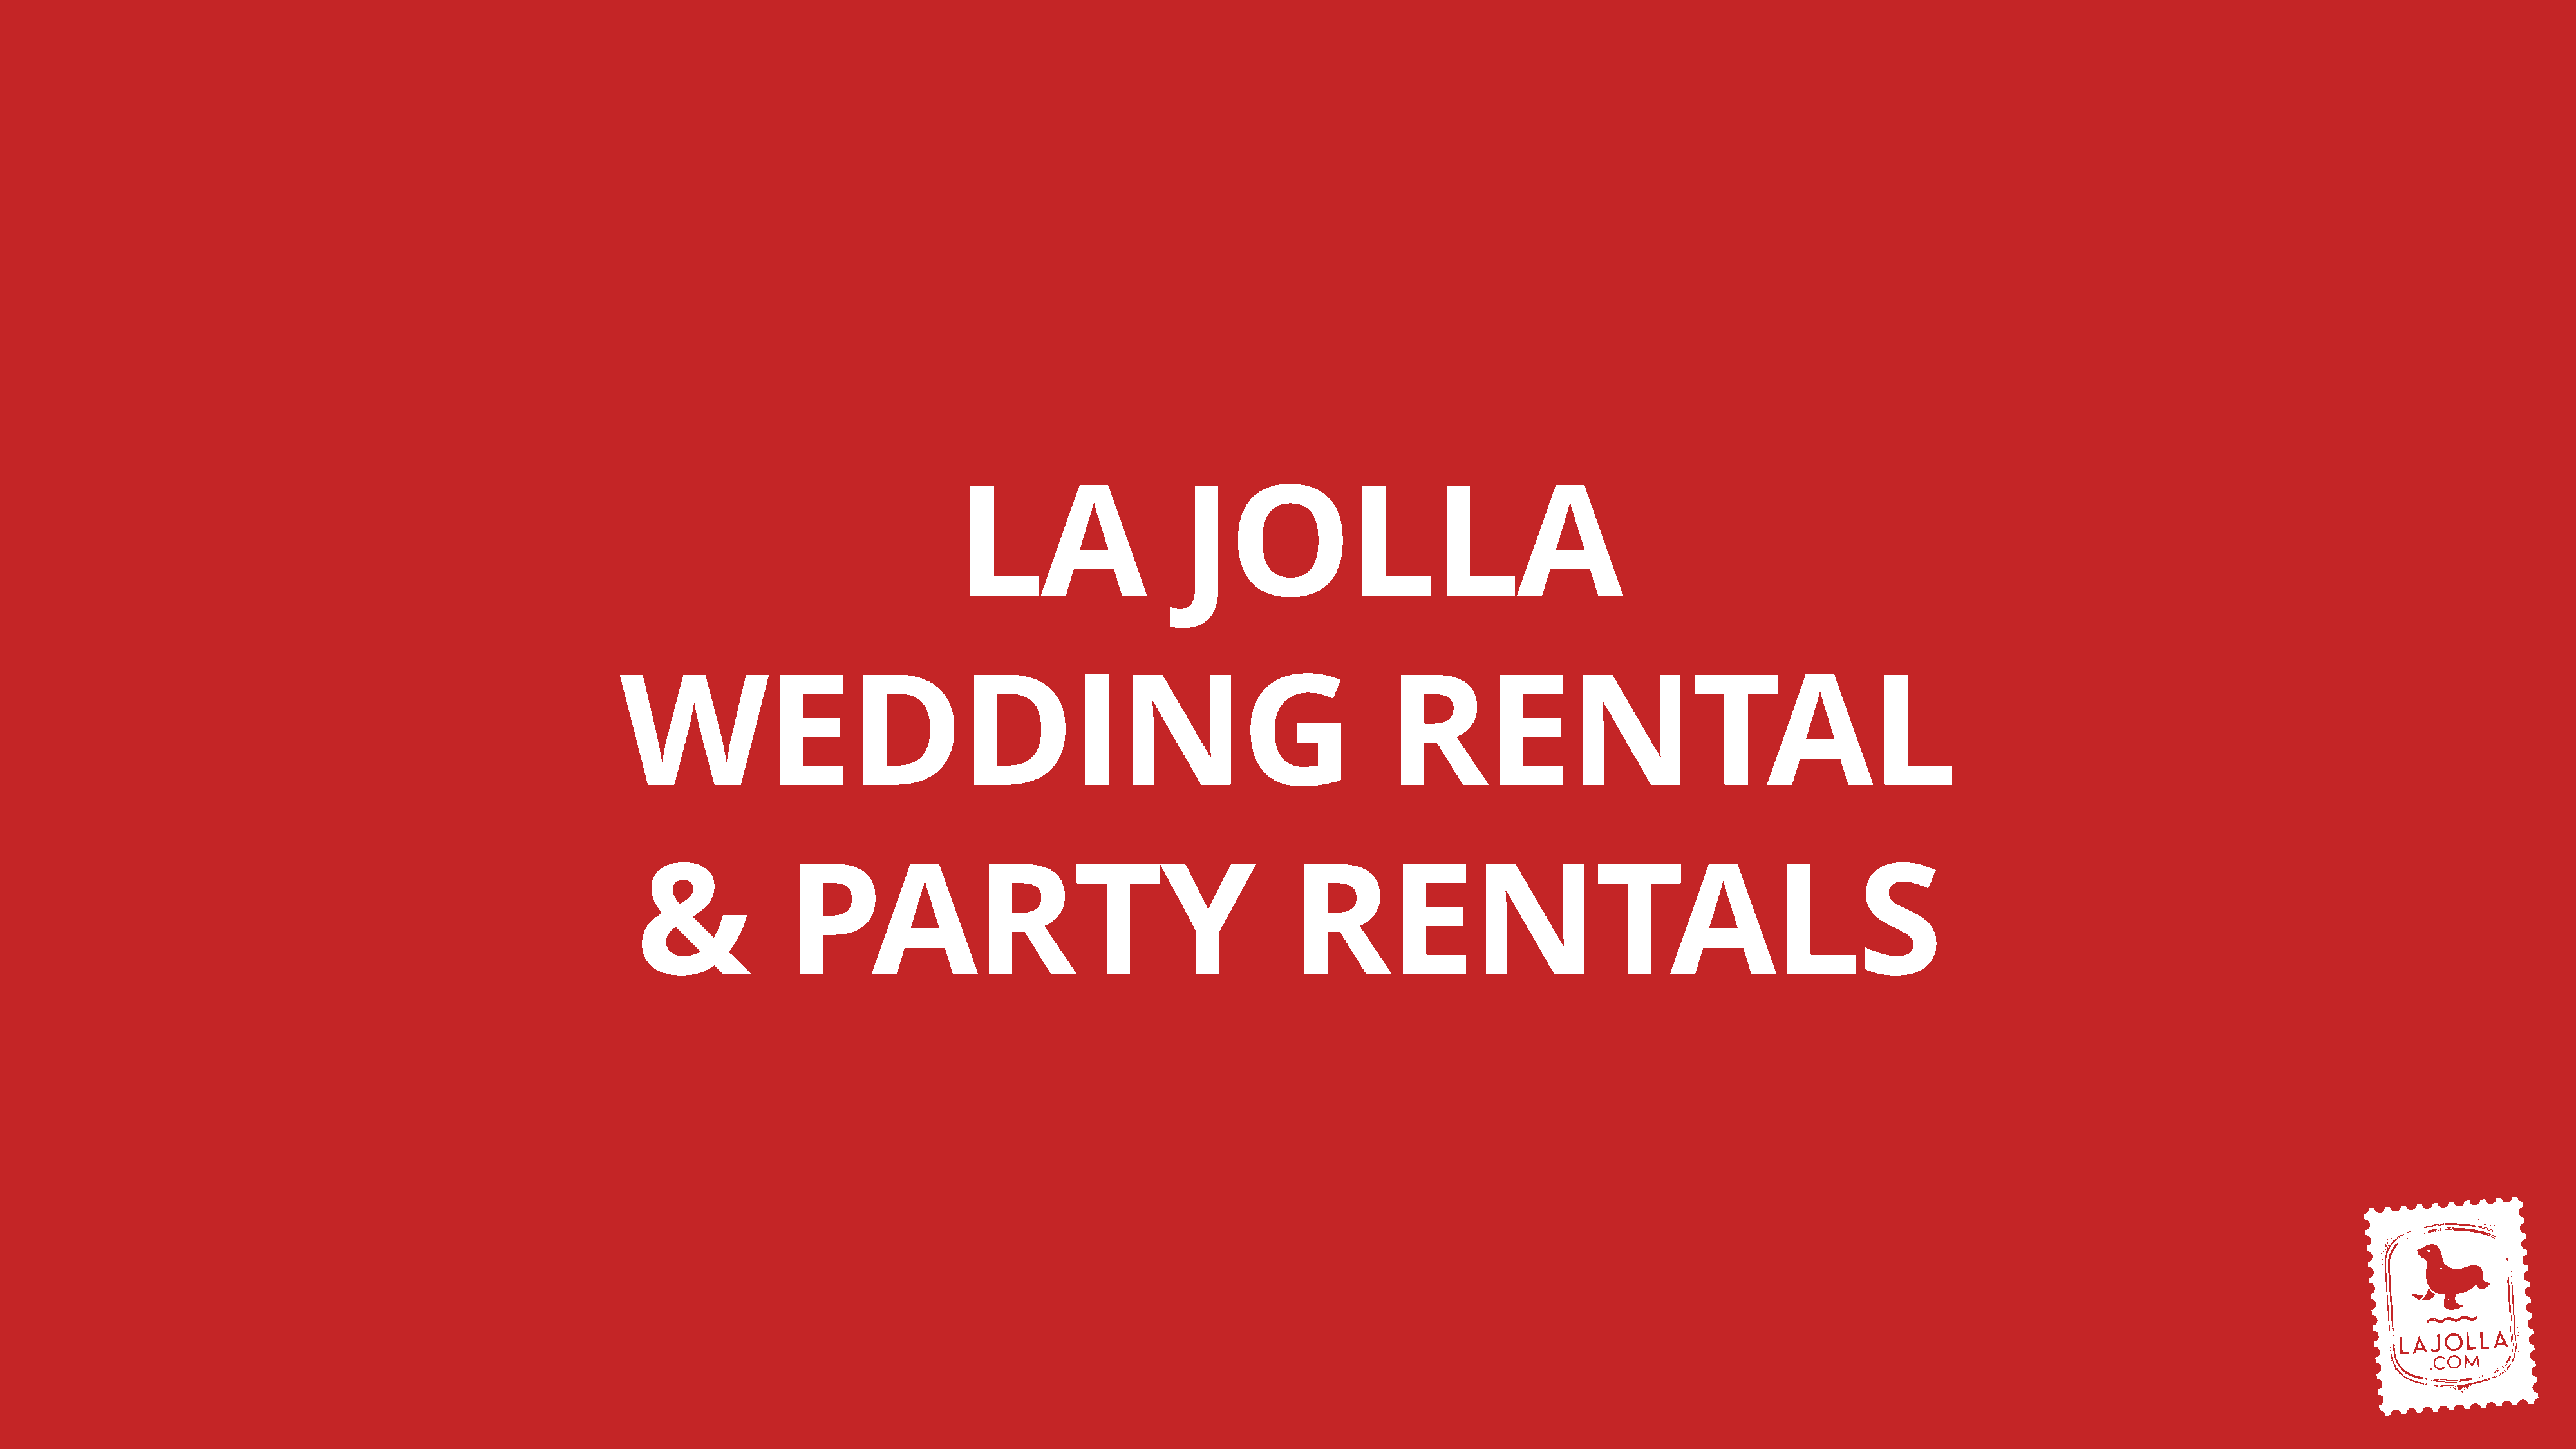
LA                     JOLLA
 WEDDING                                                                        RENTAL
 &               PARTY                                               RENTALS